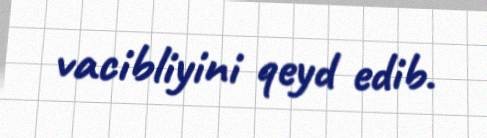
vacibliyini qeyd edib.